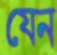
যেন